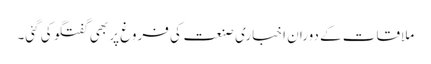
ملاقات کے دوران اخباری صنعت کی فروغ پر بھی گفتگو کی گئی۔